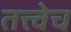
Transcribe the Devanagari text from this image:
तत्त्वेच